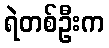
ရဲတစ်ဦးက